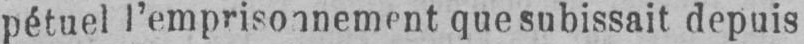
pétuel l’emprisonnement que subissait depuis